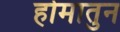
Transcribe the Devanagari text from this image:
होमातुन